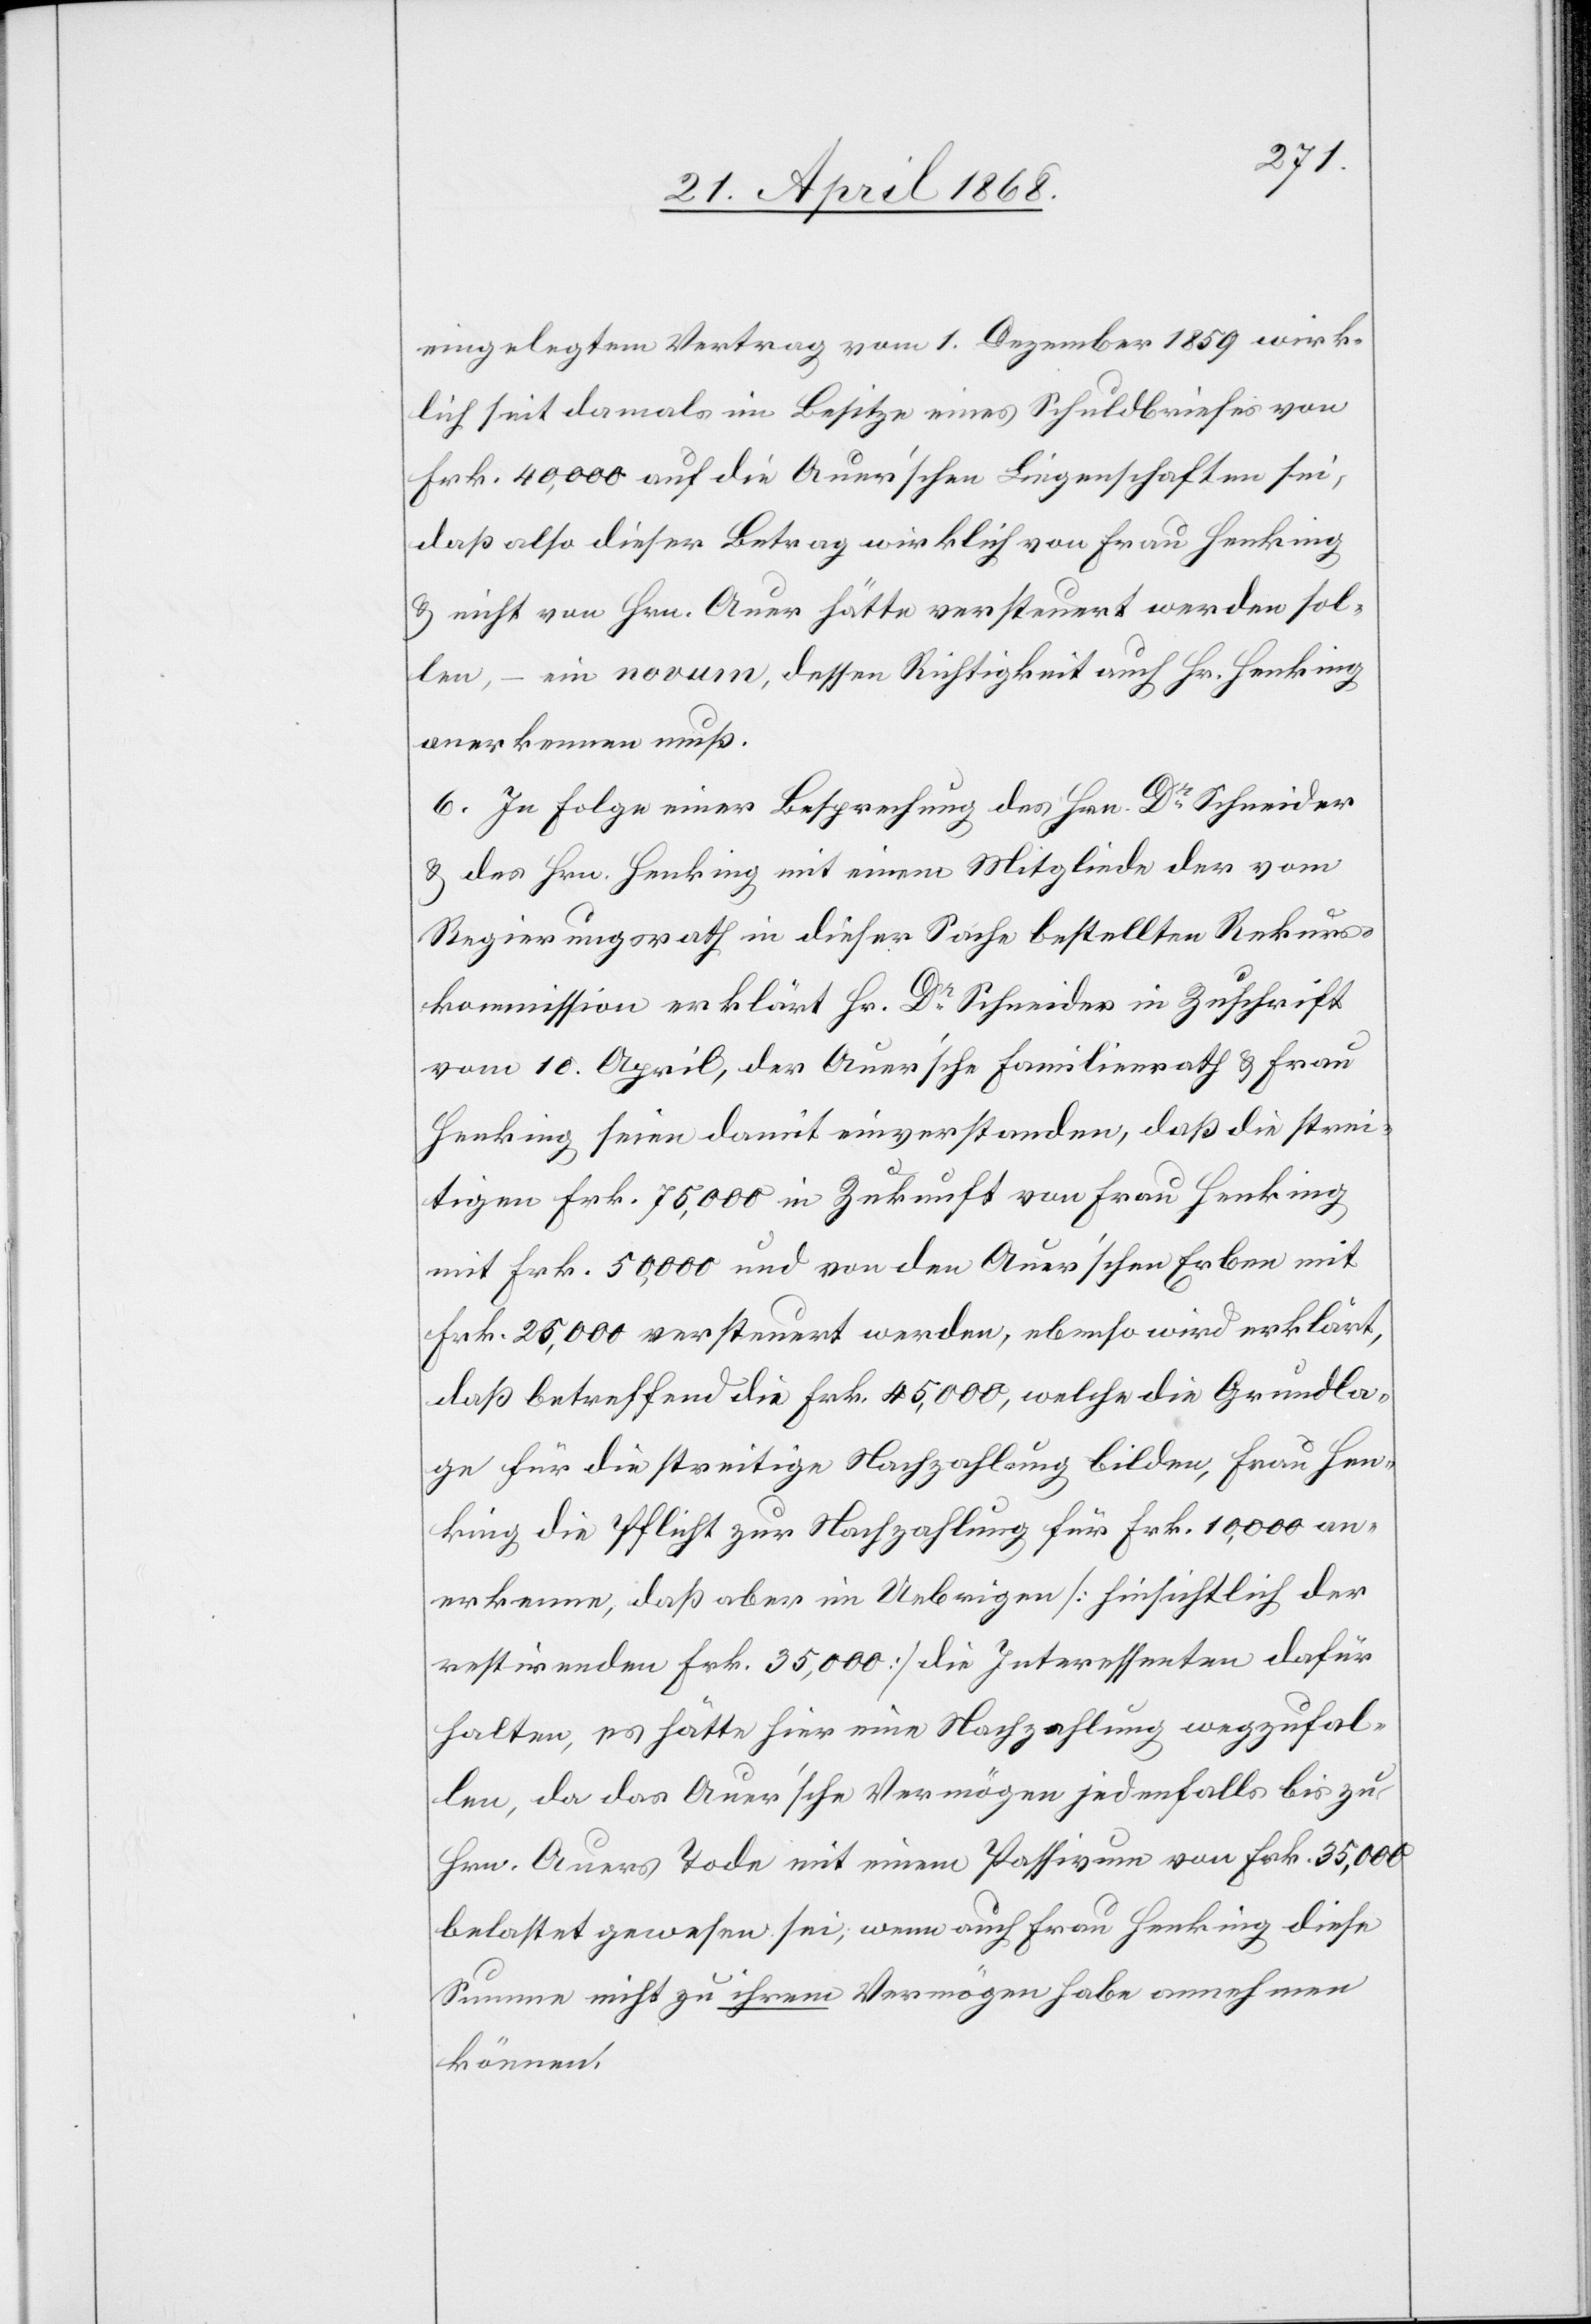
eingelegtem Vertrag vom 1. Dezember 1859 wirk¬
lich seit damals im Besitze eines Schuldbriefes von
Frk. 40,000 auf die Auer’schen Liegenschaften sei,
daß also dieser Betrag wirklich von Frau Henking
& nicht von Hrn. Auer hätte versteuert werden sol¬
len, – ein novum, dessen Richtigkeit auch Hr. Henking
anerkennen muß.
6. In Folge einer Besprechung des Hrn. Dr. Schneider
& des Hrn. Henking mit einem Mitgliede der vom
Regierungsrath in dieser Sache bestellten Rekurs¬
kommission erklärt Hr. Dr. Schneider in Zuschrift
vom 10. April, der Auer’sche Familienrath & Frau
Henking seien damit einverstanden, daß die strei¬
tigen Frk. 75,000 in Zukunft von Frau Henking
mit Frk. 50,000 und von den Auer’schen Erben mit
Frk. 25,000 versteuert werden, ebenso wird erklärt,
daß betreffend die Frk. 45,000, welche die Grundla¬
ge für die streitige Nachzahlung bilden, Frau Hen¬
king die Pflicht zur Nachzahlung für Frk. 10,000 an¬
erkenne, daß aber im Uebrigen [hinsichtlich der
restirenden Frk. 35,000] die Interessenten dafür
halten, es hätte hier eine Nachzahlung wegzufal¬
len, da das Auer’sche Vermögen jedenfalls bis zu
Hrn. Auers Tode mit einem Passivum von Frk. 35,000
belastet gewesen sei, wenn auch Frau Henking diese
Summe nicht zu ihrem Vermögen habe annehmen
können.